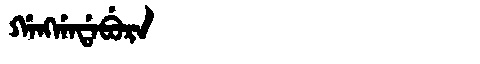
Manchu: ᡤᠠᠩᡤᠠᡩᠠᠪᡠᡵᠠ
Romanization: GANGGADABURA